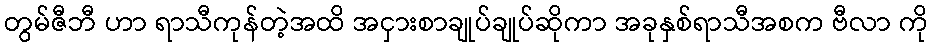
တွမ်ဇီဘီ ဟာ ရာသီကုန်တဲ့အထိ အငှားစာချုပ်ချုပ်ဆိုကာ အခုနှစ်ရာသီအစက ဗီလာ ကို